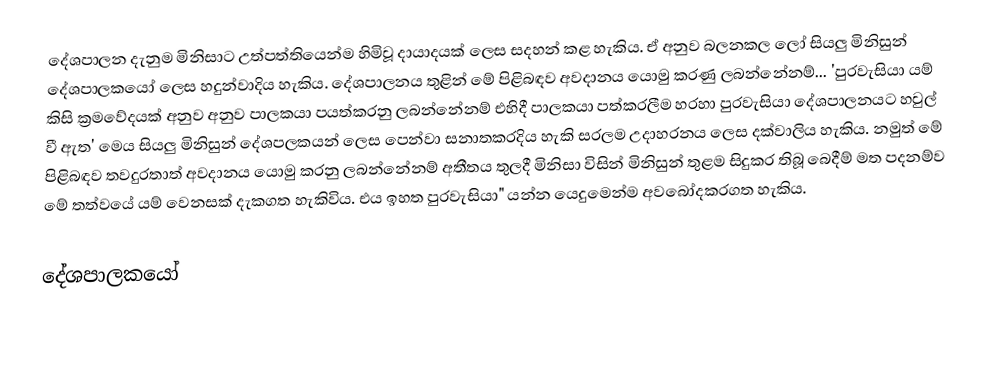
දේශපාලන දැනුම මිනිසාට උත්පත්තියෙන්ම හිමිවූ දායාදයක් ලෙස සදහන් කළ හැකිය. ඒ අනුව බලනකල ලෝ සියලු මිනිසුන් දේශපාලකයෝ ලෙස හදුන්වාදිය හැකිය. දේශපාලනය තුළින් මේ පිළිබඳව අවදානය යොමු කරණු ලබන්නේනම්... 'පුරවැසියා යම් කිසි ක්‍රමවේදයක් අනුව අනුව පාලකයා පයත්කරනු ලබන්නේනම් එහිදී පාලකයා පත්කරලීම හරහා පුරවැසියා දේශපාලනයට හවුල් වී ඇත' මෙය සියලු මිනිසුන් දේශපලකයන් ලෙස පෙන්වා සනාතකරදිය හැකි සරලම උදාහරනය ලෙස දක්වාලිය හැකිය. නමුත් මේ පිළිබඳව තවදුරතාත් අවදානය යොමු කරනු ලබන්නේනම් අතීතය තුලදී මිනිසා විසින් මිනිසුන් තුළම සිදුකර තිබූ බෙදීම් මත පදනම්ව මේ තත්වයේ යම් වෙනසක් දැකගත හැකිවිය. එය ඉහත පුරවැසියා" යන්න යෙදුමෙන්ම අවබෝදකරගත හැකිය.

දේශපාලකයෝ